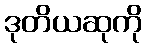
ဒုတိယဆုကို